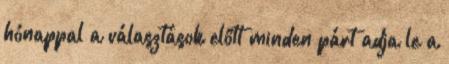
hónappal a választások előtt minden párt adja le a